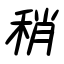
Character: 稍